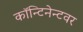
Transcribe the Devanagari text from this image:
कॉन्टिनेन्टवर